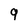
Character: 9